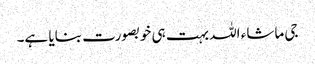
جی ماشاء اللہ بہت ہی خوبصورت بنایا ہے۔